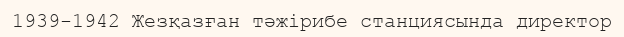
1939-1942 Жезқазған тәжірибе станциясында директор